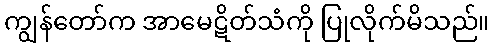
ကျွန်တော်က အာမေဋိတ်သံကို ပြုလိုက်မိသည်။